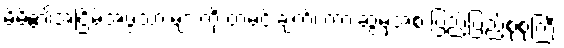
မိမိ၏အငြိမ့်အဖွဲ့သားများကို ထမင်းချက်၊ ကားဆွဲမှအစ ပြည့်ပြည့်စုံစုံကြီး